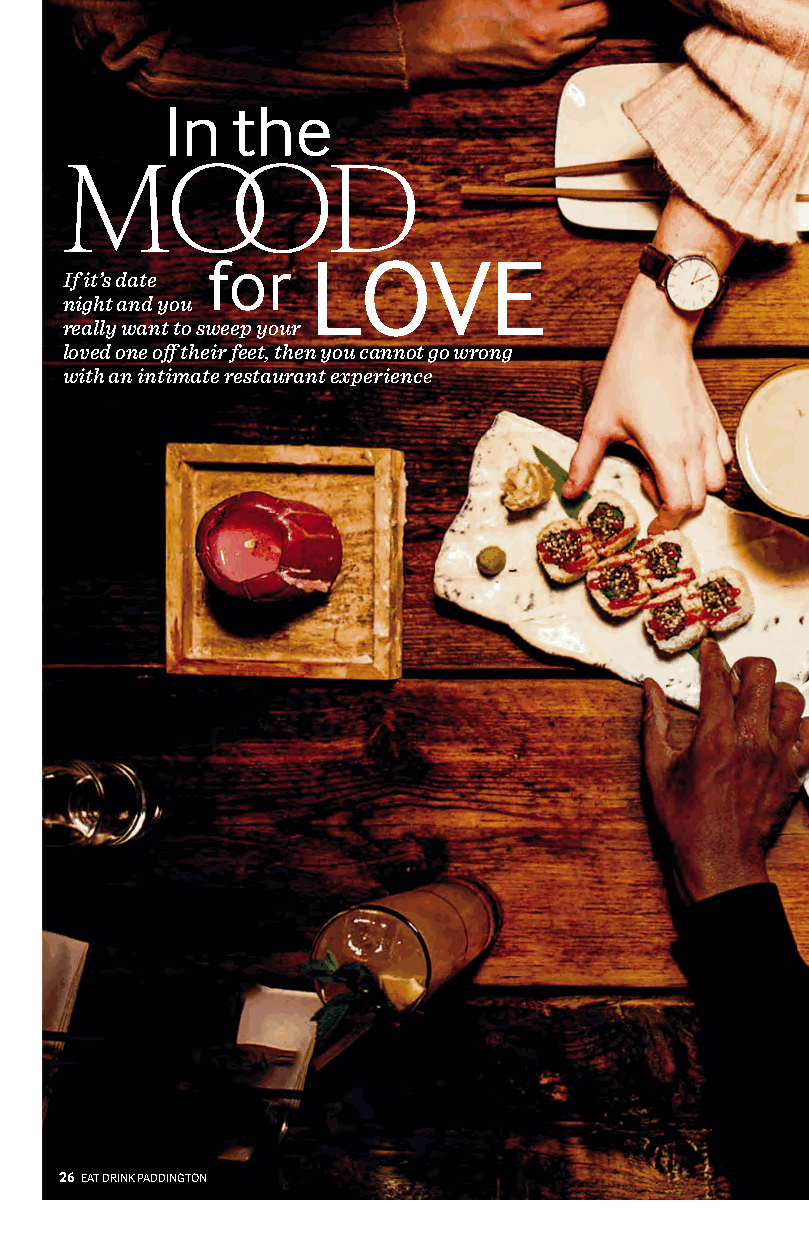
In   the
 MOO             D
 for    LOVE
 I f it ’s d a t e
 night and you
 really want to sweep your
 loved one off their feet, then you cannot go wrong
 with an intimate restaurant experience
 26 EAT DRINK PADDINGTON